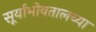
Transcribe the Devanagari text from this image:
सूर्याभोवतालच्या